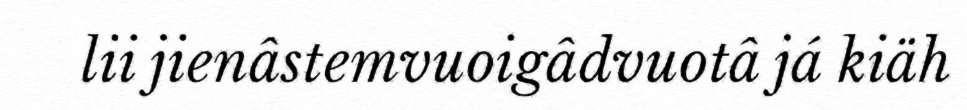
lii jienâstemvuoigâdvuotâ já kiäh